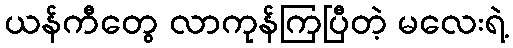
ယန်ကီတွေ လာကုန်ကြပြီတဲ့ မလေးရဲ့